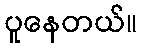
ပူနေတယ်။